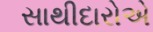
સાથીદારોએ